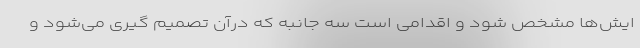
ایش‌ها مشخص شود و اقدامی است سه جانبه که درآن تصمیم گیری می‌شود و